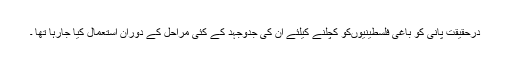
درحقیقت پانی کو باغی فلسطینیوںکو کچلنے کیلئے ان کی جدوجہد کے کئی مراحل کے دوران استعمال کیا جارہا تھا ۔